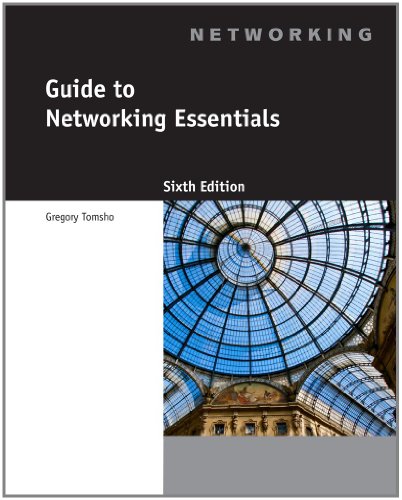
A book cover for Guide to Networking Essentials, 6th Edition; Greg Tomsho; Computers & Technology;